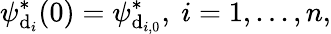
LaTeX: \psi_{\mathrm{d}_{i}}^{*}(0)=\psi_{\mathrm{d}_{i,0}}^{*},\ i=1,...,n,